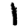
Digit: 1